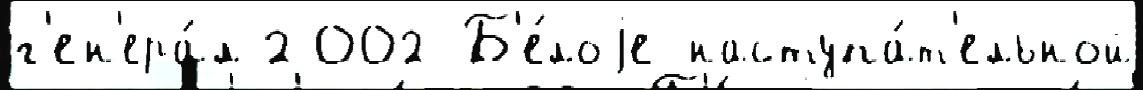
г'ен'ера́л 2002 Б'е́лоjе наступа́т'ельной